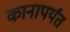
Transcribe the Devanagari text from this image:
कानापर्यंत